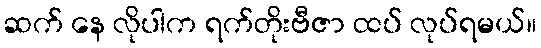
ဆက် နေ လိုပါက ရက်တိုးဗီဇာ ထပ် လုပ်ရမယ်။